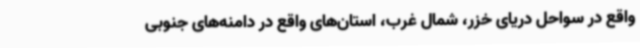
واقع در سواحل دریای خزر، شمال غرب، استان‌های واقع در دامنه‌های جنوبی